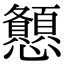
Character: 𢥨